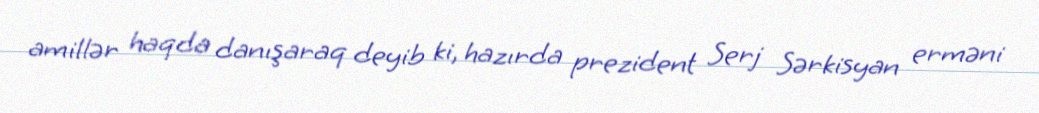
amillər haqda danışaraq deyib ki, hazırda prezident Serj Sərkisyan erməni